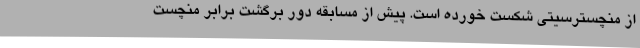
از منچسترسیتی شکست خورده است. پیش از مسابقه دور برگشت برابر منچست